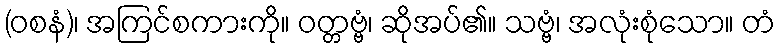
(ဝစနံ)၊ အကြင်စကားကို။ ဝတ္တဗ္ဗံ၊ ဆိုအပ်၏။ သဗ္ဗံ၊ အလုံးစုံသော။ တံ